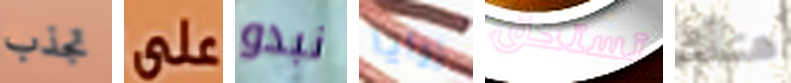
تجذب على نبدو زوايا تستحق هناك